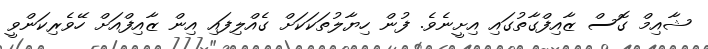
ޝާއިމް ގޮސް ޒާއިފްގާތުގައި އިށީނެވެ. ފުން ހިޔާލުތަކަކަށް ގެއްލިފައި އިން ޒާއިފްއަށް ހޭވެރިކަންވީ